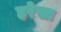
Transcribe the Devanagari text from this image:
हरेसा